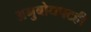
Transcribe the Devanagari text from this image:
अनुबोधपटही